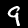
Label: 9